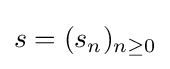
s=(s_{n})_{n\geq 0}